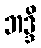
ဘဒ္ဒိ